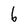
Character: 6